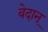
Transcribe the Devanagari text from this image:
वेदान्